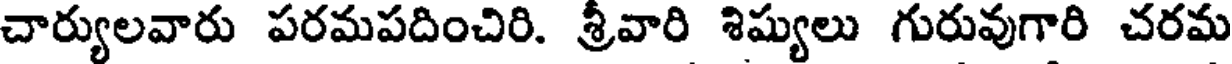
చార్యులవారు పరమపదించిరి. శ్రీవారి శిష్యులు గురువుగారి చరమ